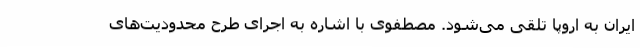
ایران به اروپا تلقی می‌شود. مصطفوی با اشاره به اجرای طرح محدودیت‌های